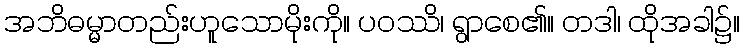
အဘိဓမ္မာတည်းဟူသောမိုးကို။ ပဝဿိ၊ ရွာစေ၏။ တဒါ၊ ထိုအခါ၌။